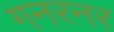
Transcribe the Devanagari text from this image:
गनरनर